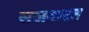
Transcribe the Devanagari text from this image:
सजवाटत